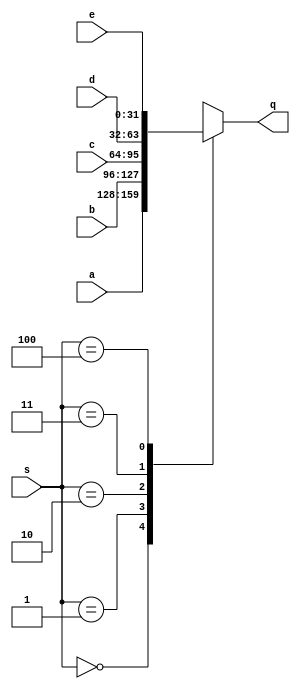
module mux_5x1(
input [31:0] a,b,c,d,e,
input [2:0] s,
output reg[31:0] q ); 

always@(*)
begin
	case(s)
	3'b000: q = a;
	3'b001: q = b;	//load
	3'b010: q = c;  //lui
	3'b011: q = d; // extra for jump
	3'b100: q = e; // auipc
	default: q = 32'bxxxxxxxxxxxxxxxxxxxxxxxxxxxxxxxx;
	endcase
end

endmodule